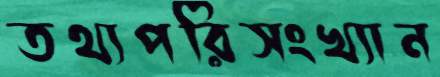
তথ্যপরিসংখ্যান